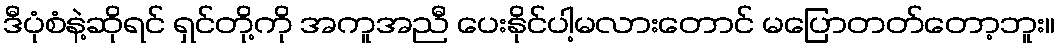
ဒီပုံစံနဲ့ဆိုရင် ရှင်တို့ကို အကူအညီ ပေးနိုင်ပါ့မလားတောင် မပြောတတ်တော့ဘူး။